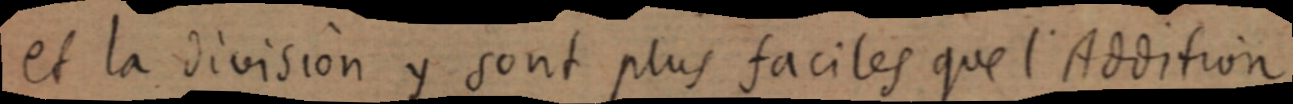
et la division y sont plus faciles que l’Addition